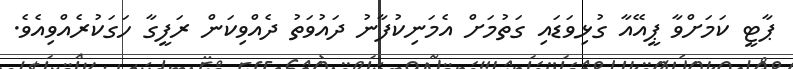
ޕާޓީ ކަމަށްވާ ޕީއޭއާ ގުޅިވަޑައި ގަތުމަށް އެމަނިކުފާނު ދައުވަތު ދެއްވިކަން ރަފީގާ ހަގަކުރެއްވިއެވެ.